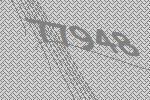
77948